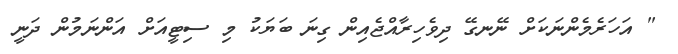
" އަހަރެމެންނަކަށް ނޭނގޭ ދިވެހިރާއްޖެއިން ގިނަ ބަޔަކު މި ސިޓީއަށް އަންނަމުން ދަނީ